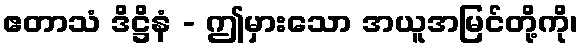
ဧတာသံ ဒိဋ္ဌိနံ - ဤမှားသော အယူအမြင်တို့ကို၊